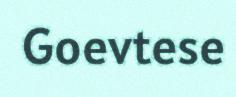
Goevtese